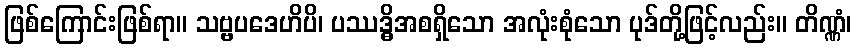
ဖြစ်ကြောင်းဖြစ်ရာ။ သဗ္ဗပဒေဟိပိ၊ ပဿဒ္ဓိအစရှိသော အလုံးစုံသော ပုဒ်တို့ဖြင့်လည်း။ တိဏ္ဏံ၊